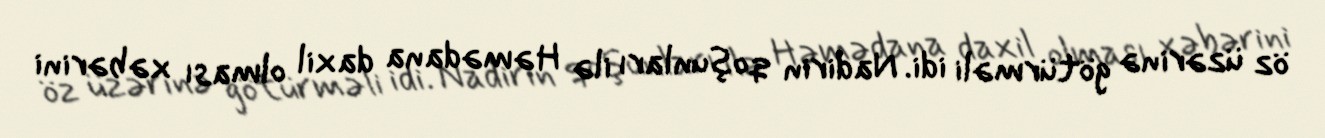
öz üzərinə götürməli idi. Nadirin qoşunları ilə Həmədana daxil olması xəbərini